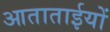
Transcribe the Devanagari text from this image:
आताताईयों